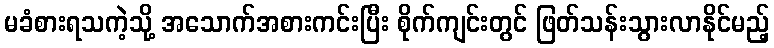
မခံစားရသကဲ့သို့ အသောက်အစားကင်းပြီး စိုက်ကျင်းတွင် ဖြတ်သန်းသွားလာနိုင်မည့်